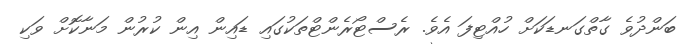
ބަންދުވެ ގާތްގަނޑަކަށް ހުއްޓިފަ އެވެ. ރެސްޓޯރެންޓްތަކުގައި ޑައިން އިން ކުރުން މަނާކޮށް ވަކި